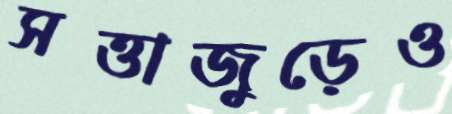
সত্তাজুড়েও